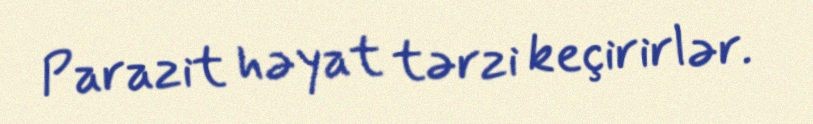
Parazit həyat tərzi keçirirlər.